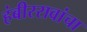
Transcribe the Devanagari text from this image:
हंबीररावांचा